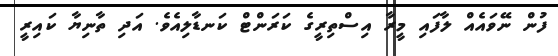
ފުން ނޭވައެއް ލާފައި މީރާ އިސްތިރީގެ ކަރަންޓް ކަނޑާލިއެވެ. އަދި ތާނިޔާ ކައިރީ